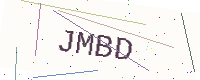
Text: JMBD